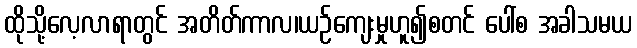
ထိုသို့လေ့လာရာတွင် အတိတ်ကာလ၊ယဉ်ကျေးမှုဟူ၍စတင် ပေါ်စ အခါသမယ